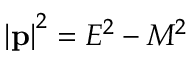
\left\vert \mathbf { p } \right\vert ^ { 2 } = E ^ { 2 } - M ^ { 2 }